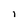
Character: i